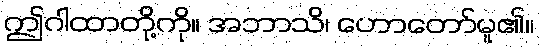
ဤဂါထာတို့ကို။ အဘာသိ၊ ဟောတော်မူ၏။